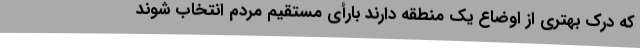
که درک بهتری از اوضاع یک منطقه دارند بارأی مستقیم مردم انتخاب شوند